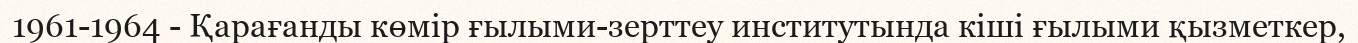
1961-1964 - Қарағанды көмір ғылыми-зерттеу институтында кіші ғылыми қызметкер,